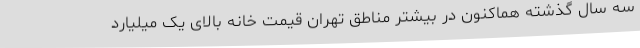
سه سال گذشته هماکنون در بیشتر مناطق تهران قیمت خانه بالای یک میلیارد